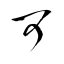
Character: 可